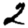
Digit: 2